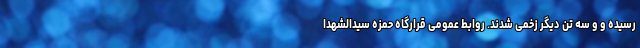
رسیده و و سه تن دیگر زخمی شدند. ‌روابط عمومی قرارگاه حمزه سیدالشهدا